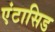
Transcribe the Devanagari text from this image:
एंटासिड